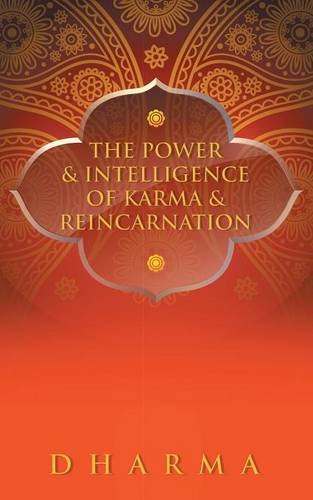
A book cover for The Power & Intelligence of Karma & Reincarnation; Dharma; Religion & Spirituality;